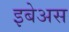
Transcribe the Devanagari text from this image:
इबेअस